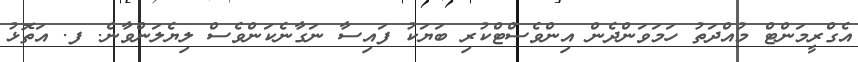
އެގްރީމަންޓް މުއްދަތު ހަމަވަންދެން އިންވެސްޓްކުރި ބަޔަކު ފައިސާ ނަގާނެކަންވެސް ލިޔެލަންވާނެ. ފ. އަތޮޅު